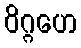
ဝိဂ္ဂဟေ